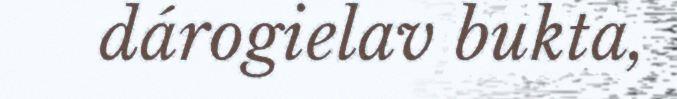
dárogielav bukta,